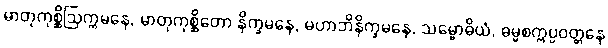
မာတုကုစ္ဆိဩက္ကမနေ, မာတုကုစ္ဆိတော နိက္ခမနေ, မဟာဘိနိက္ခမနေ, သမ္ဗောဓိယံ, ဓမ္မစက္ကပ္ပဝတ္တနေ